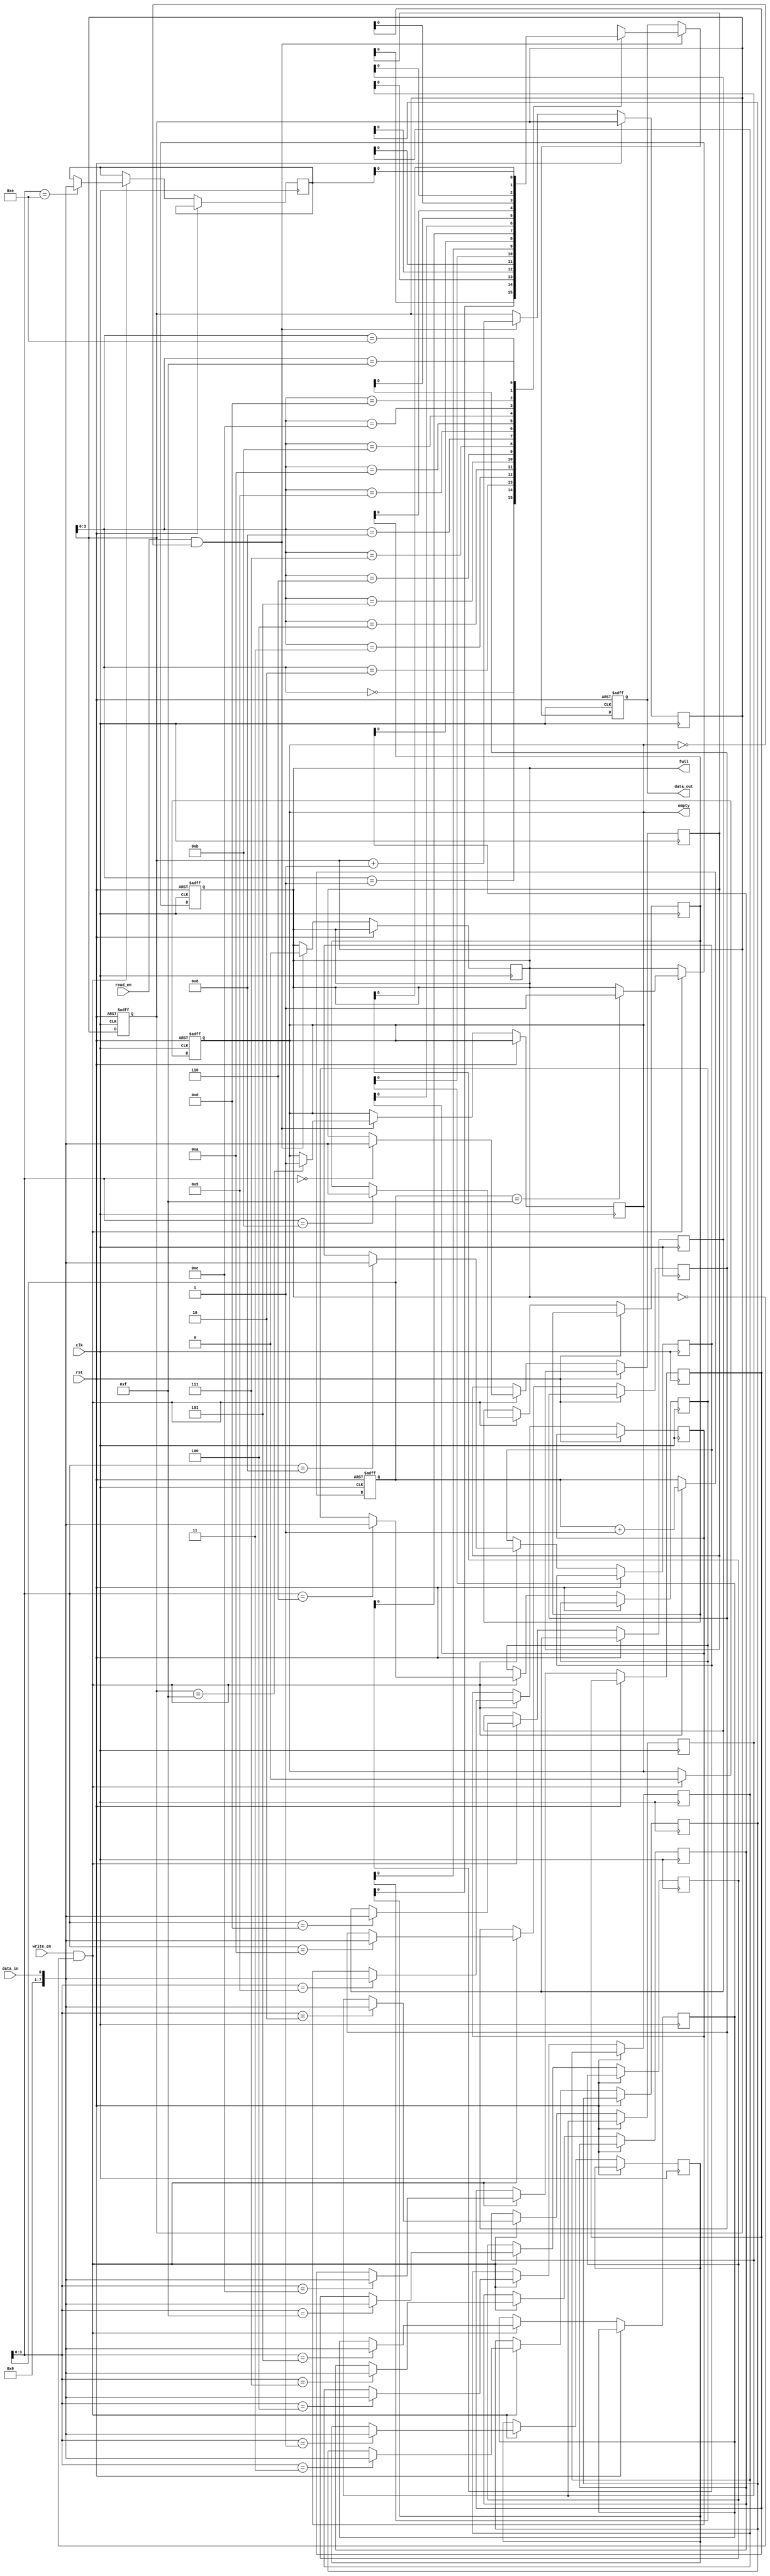
module async_fifo (
    input wire clk,
    input wire rst,
    input wire write_en,
    input wire read_en,
    input wire data_in,
    output reg data_out,
    output reg empty,
    output reg full
);

// Parameters
parameter WIDTH = 8;
parameter DEPTH = 16;

// Internal signals
reg [WIDTH-1:0] fifo[DEPTH-1:0];
reg [WIDTH-1:0] read_pointer;
reg [WIDTH-1:0] write_pointer;

// Write logic
always @(posedge clk or posedge rst)
begin
    if (rst) begin
        write_pointer <= 0;
        read_pointer <= 0;
        empty <= 1;
        full <= 0;
    end else begin
        if (write_en && !full) begin
            fifo[write_pointer] <= data_in;
            write_pointer <= write_pointer + 1;
            if (write_pointer == DEPTH-1) full <= 1;
            empty <= 0;
        end
    end
end

// Read logic
always @(posedge clk or posedge rst)
begin
    if (rst) begin
        data_out <= 0;
    end else begin
        if (read_en && !empty) begin
            data_out <= fifo[read_pointer];
            read_pointer <= read_pointer + 1;
            if (read_pointer == DEPTH-1) empty <= 1;
            full <= 0;
        end
    end
end

endmodule